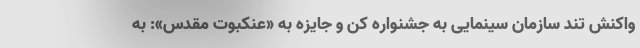
واکنش تند سازمان سینمایی به جشنواره کن و جایزه به «عنکبوت مقدس»: به